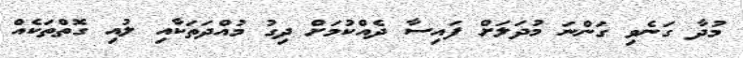
މުދާ ގަނެވި ގަންނަ މުދަލަށް ފައިސާ ދެއްކުމަށް ދިގު މުއްދަތަކާއި ލުއި ގޮތްތަކެއް